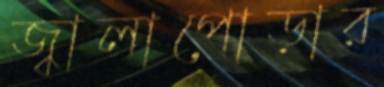
জ্বালাপোড়ার